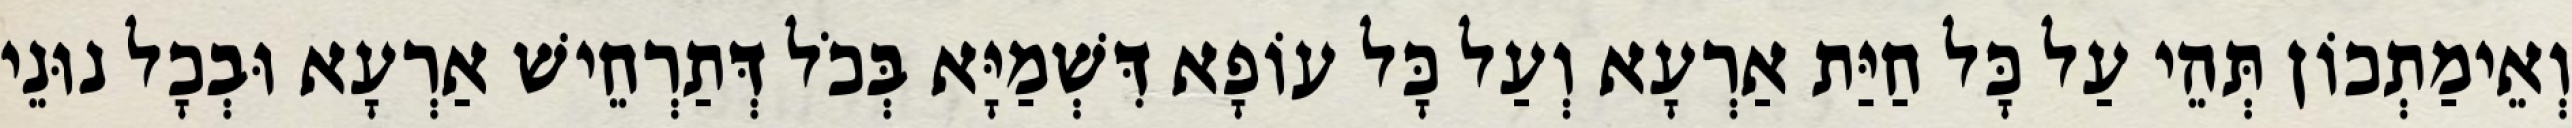
וְאֵימַתְכוֹן תְּהֵי עַל כָּל חַיַּת אַרְעָא וְעַל כָּל עוֹפָא דִּשְׁמַיָּא בְּכֹל דְּתַרְחֵישׁ אַרְעָא וּבְכָל נוּנֵי